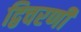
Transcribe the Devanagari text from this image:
द्विचरणी